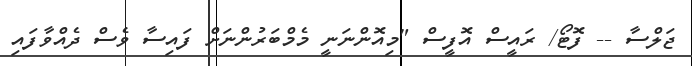
ޖަލްސާ -- ފޮޓޯ/ ރައީސް އޮފީސް "މިއޮންނަނީ މެމްބަރުންނަށް ފައިސާ ވެސް ދެއްވާފައި